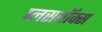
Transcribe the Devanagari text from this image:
प्लसबॉक्स